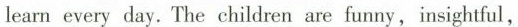
learn every day. The ehild ren are funny, insightful,